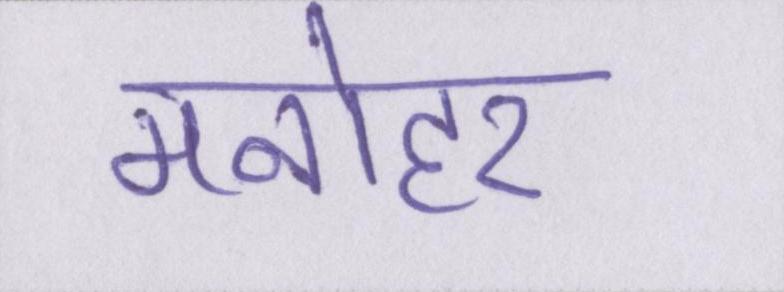
मनोहर